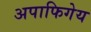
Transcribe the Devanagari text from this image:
अपाफिगेय